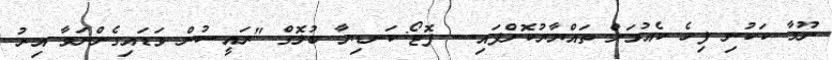
ނޫމާ ކަކުނި ފިހެ ކެއުމަށް ތައްޔާރުކޮށްފައި--- ފޮޓޯ:ކަނޑިޔާ ބުލޮގް "ރައީސުން ވަޑައިގެންނަވާ އިރު